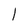
Character: l